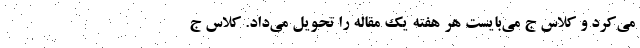
می‌کرد و کلاس ج می‌بایست هر هفته یک مقاله را تحویل می‌داد. کلاس ج